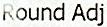
ROUND ADJ